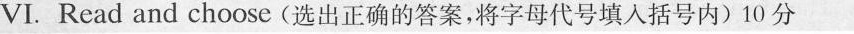
VI. Read and choose (选出正确的答案,将字母代号填入括号内)10 分